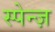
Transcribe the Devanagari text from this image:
स्पेन्ज़